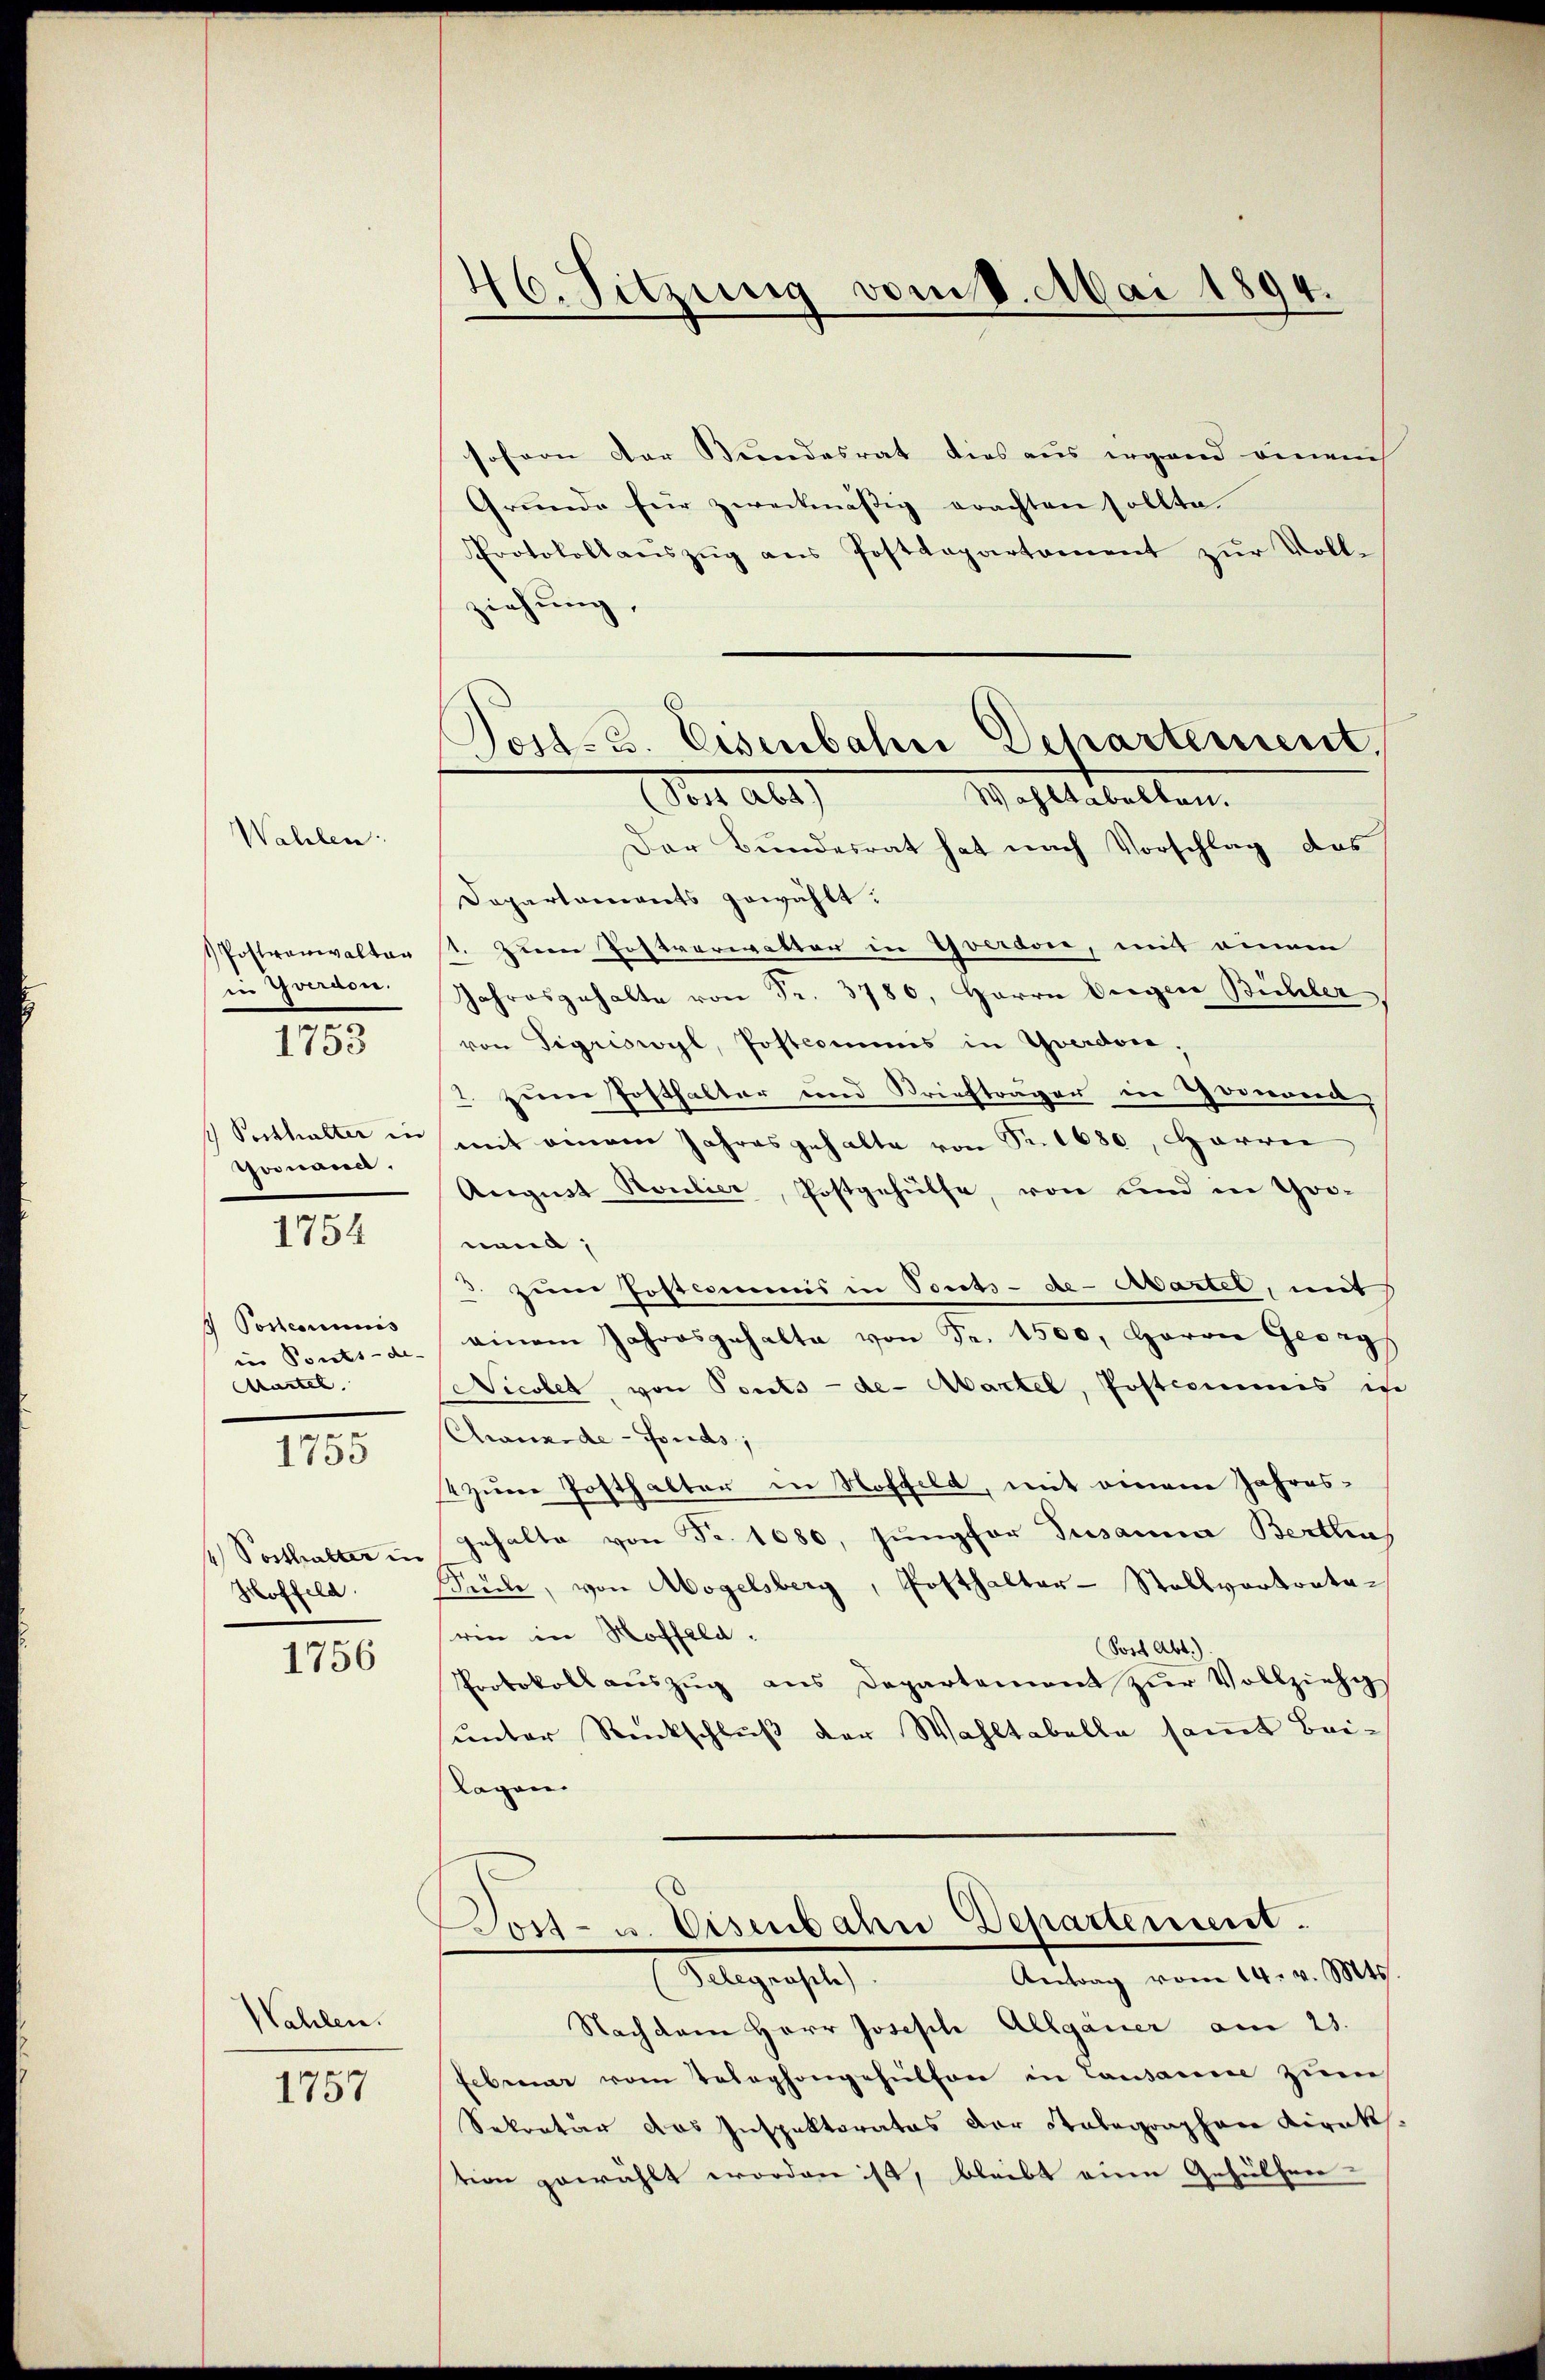
Wahlen:

Postwanwalten
in Yverdon.
e
1753

Posthalter in
Goonarect.

1754

4 Postcommis
in Ponts-de-
Mastel
e

1755

Posthalter in
Hoffeld.

1756

Wahlen.

1757

46. Sitzung vom 8. Mai 1894.

Jost. B. Eisenbahn Departement.
Mit Abs
Wahltabellen.

soferne der Bundesrat dies aus irgend veneuch
Gründe für zweckmässig erachten sollte.
Protokollaŭszŭg ans Postdepartament zŭr Voll-
ziehung,
Der Bundesrat hat nach Vorschlag des
Dapartaments gewählt:
1. Zum Postverwetter in Yverdon, mit einem
Jahresgehalte von Fr. 3780, Herrn Dreger Bühler,
von Sigriswyl, Postcomins in Yverdon,
zum Posthalter und Briefträger in Homond,
2.
mit einem Jahres gehalte von Sit 680, Harrer
August Roulier, Postgehülfe, von und in Gronend,
3. zum Postcommis in Touts-de- Martel, mit
einem Jahresgehalte von Fr. 1500, Herrn Gesag
Nicolet, von Ponts - de- Martel, Postcommis in
Chwunde - Fonds;
2 zum Posthalter in Hoffeld, mit einem Jahres¬
Gehalte von Fr. 1680, Jungfor Susanna Berthin,
Suche, von Mogelsberg, Posthalter-Stellvertratarin in Hoffeld.
(Post Abt.
Protokoll aŭszŭg ans Departement zŭr Vollziehg
sunter Rückschluß der Wahltabelle samt Beilagen.
Post- u. Eisenbahn Dehartement.
Antrag vom 14. v. Mts.
Gelegensel
Nachdem Herr Joseph Allgauer am 23.
Februar vom Telephongehülfen in Lausanne zŭm
Sekretär das Inspektorates der Stabegraphen Kirakt
tion gewählt worden ist, bleibt eine Gehülfen-